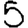
Digit: 5